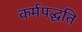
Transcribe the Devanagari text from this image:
कर्मपद्धति